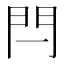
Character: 閂